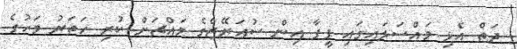
ދަތް އެޅި މައްސަލައިގައި ފީފާ އިން ސުއަރޭޒްގެ މައްޗަށް ކުރި ހަތަރު މަހުގެ